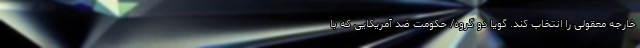
خارجه معقولی را انتخاب کند. گویا دو گروه/ حکومت ضد آمریکایی که با